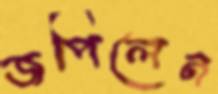
জপিলেন